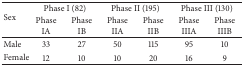
<table><thead><tr><td rowspan="2"><b>Sex</b></td><td colspan="2"><b>Phase I (82)</b></td><td colspan="2"><b>Phase II (195)</b></td><td colspan="2"><b>Phase III (130)</b></td></tr><tr><td><b>PhaseIA</b></td><td><b>PhaseIB</b></td><td><b>PhaseIIA</b></td><td><b>PhaseIIB</b></td><td><b>PhaseIIIA</b></td><td><b>PhaseIIIB</b></td></tr></thead><tbody><tr><td>Male</td><td>33</td><td>27</td><td>50</td><td>115</td><td>95</td><td>10</td></tr><tr><td>Female</td><td>12</td><td>10</td><td>10</td><td>20</td><td>16</td><td>9</td></tr></tbody></table>